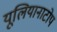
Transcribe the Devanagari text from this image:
यूलियानाटोप